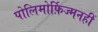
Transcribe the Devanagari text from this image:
पोलिमोर्फ़िज्मनहीं